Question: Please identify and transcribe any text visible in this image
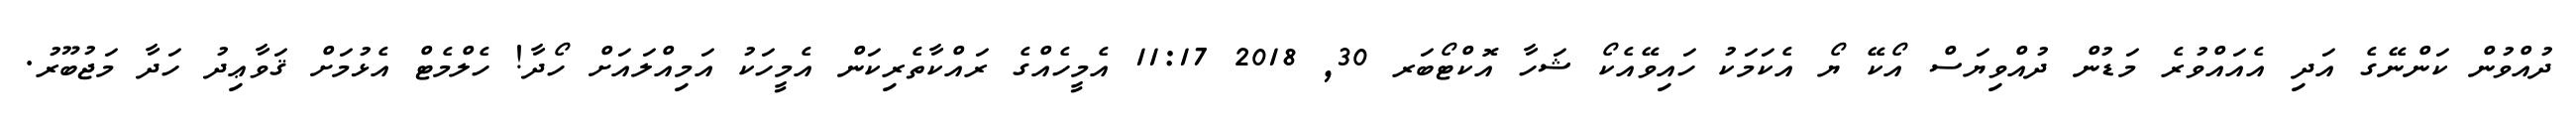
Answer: ދުއްވުން ކަންނޭގެ އަދި އެއައްވުރެ މަޑުން ދުއްވިޔަސް އޯކޭ ޔޯ އެކަމަކު ހައިވޭއެކޯ ޝަހާ އޮކްޓޯބަރ 30, 2018 11:17 އެމީހެއްގެ ރައްކާތެރިކަން އެމީހަކު އަމިއްލައަށް ހޯދާ! ހެލްމެޓް އެޅުމަށް ޤަވާޢިދު ހަދާ މަޖުބޫރު.